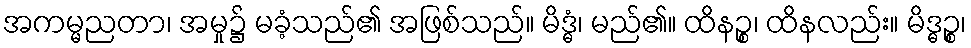
အကမ္မညတာ၊ အမှု၌ မခံ့သည်၏ အဖြစ်သည်။ မိဒ္ဓံ၊ မည်၏။ ထိနဉ္စ၊ ထိနလည်း။ မိဒ္ဓဉ္စ၊